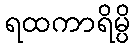
ရထကာရိမ္ပိ